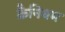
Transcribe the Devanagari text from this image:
क्रैनियम